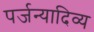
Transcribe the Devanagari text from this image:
पर्जन्यादिव्य